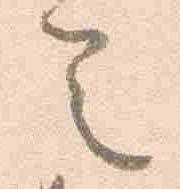
令